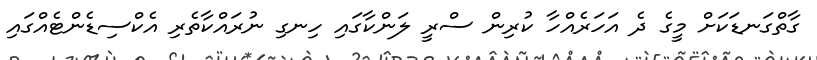
ގާތްގަނޑަކަށް މީގެ ދެ އަހަރެއްހާ ކުރިން ސްރީ ލަންކާގައި ހިނގި ނުރައްކާތެރި އެކްސިޑެންޓެއްގައި